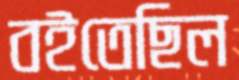
বইতেছিল